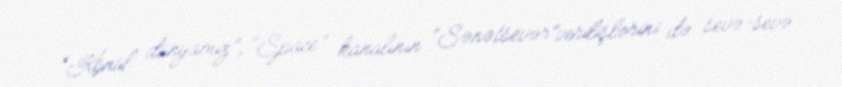
“Könül dünyamız”, “Space” kanalının “Sənətsevər”verilişlərini də sevə-sevə